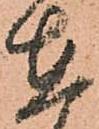
在